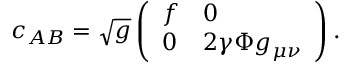
c _ { A B } = \sqrt { g } \left( \begin{array} { l l } { { f } } & { { 0 } } \\ { { 0 } } & { { 2 \gamma \Phi g _ { \mu \nu } } } \end{array} \right) .